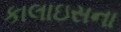
કાલાઇસના